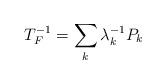
LaTeX: \begin{align*}T_{F}^{-1}=\sum_{k}\lambda_{k}^{-1}P_{k}\end{align*}